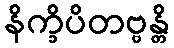
နိက္ခိပိတဗ္ဗန္တိ